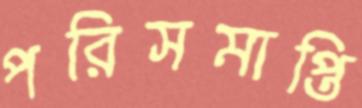
পরিসমাপ্তি